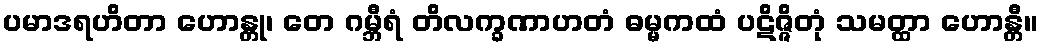
ပမာဒရဟိတာ ဟောန္တု၊ တေ ဂမ္ဘီရံ တိလက္ခဏာဟတံ ဓမ္မကထံ ပဋိဇ္ဇိတုံ သမတ္ထာ ဟောန္တီ။